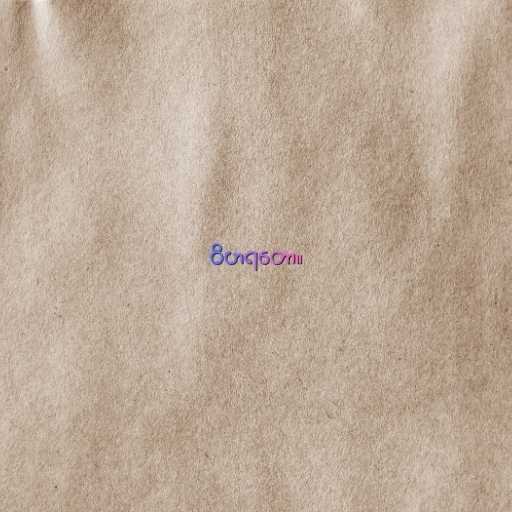
ဝိဟရတော။